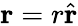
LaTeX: \mathbf{r}=r\hat{\mathbf{r}}